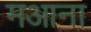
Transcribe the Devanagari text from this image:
मआना